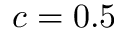
c = 0 . 5